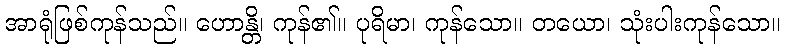
အာရုံဖြစ်ကုန်သည်။ ဟောန္တိ၊ ကုန်၏။ ပုရိမာ၊ ကုန်သော။ တယော၊ သုံးပါးကုန်သော။